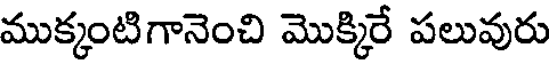
ముక్కంటిగానెంచి మొక్కిరే పలువురు